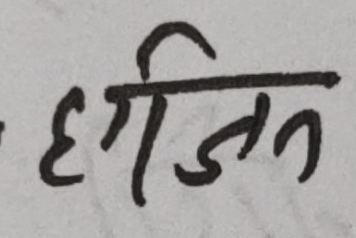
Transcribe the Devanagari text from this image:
गर्जित